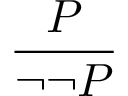
\frac { P } { \neg \neg P }